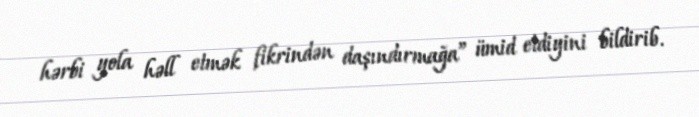
hərbi yola həll etmək fikrindən daşındırmağa” ümid etdiyini bildirib.